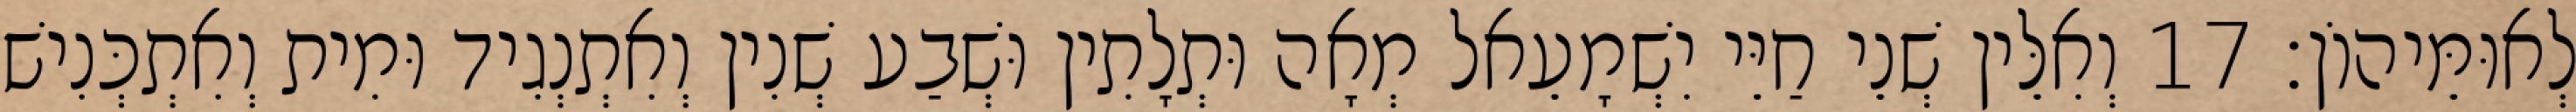
לְאוּמֵּיהוֹן׃ 17 וְאִלֵּין שְׁנֵי חַיֵּי יִשְׁמָעֵאל מְאָה וּתְלָתִין וּשְׁבַע שְׁנִין וְאִתְנְגִיד וּמִית וְאִתְכְּנִישׁ